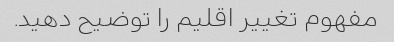
مفهوم تغییر اقلیم را توضیح دهید.